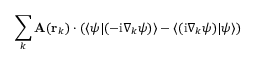
\sum _ { k } \mathbf { A } ( \mathbf { r } _ { k } ) \cdot ( \langle \psi | ( - \mathrm { i } \nabla _ { k } \psi ) \rangle - \langle ( \mathrm { i } \nabla _ { k } \psi ) | \psi \rangle )